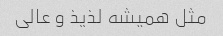
مثل همیشه لذیذ و عالی